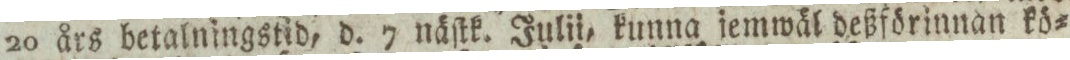
20 års betalningstid, d. 7 näſtk. Julii, kunna jemwäl deßförinnan kö=